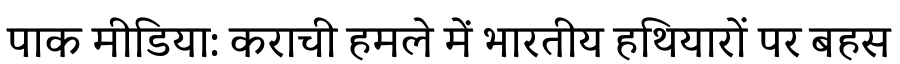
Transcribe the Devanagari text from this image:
पाक मीडिया: कराची हमले में भारतीय हथियारों पर बहस